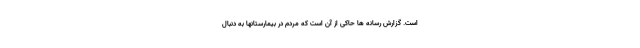
است. گزارش رسانه ها حاکی از آن است که مردم در بیمارستانها به دنبال